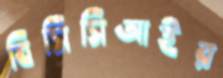
বিসিসিআইর